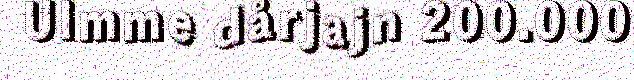
Ulmme dårjajn 200.000